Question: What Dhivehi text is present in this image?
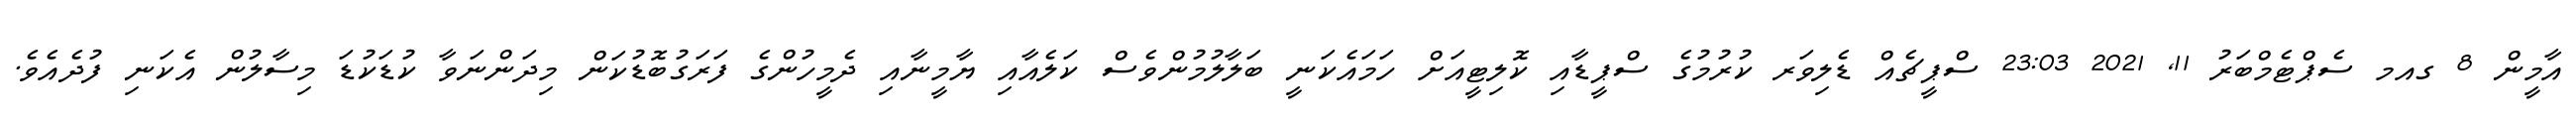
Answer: އާމީން 8 ގއމ ސެޕްޓެމްބަރު 11, 2021 23:03 ސްޕީޗެއް ޑެލިވަރ ކުރުމުގެ ސްޕީޑާއި ކޮލިޓީއަށް ހަމައެކަނީ ބަލާލުމުންވެސް ކަލެއާއި ޔާމީނާއި ދެމީހުންގެ ފަރަގުބޮޑުކަން މިދަންނަވާ ކުޑަކުޑަ މިސާލުން އެކަނި ފުދެއެވެ.